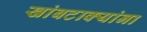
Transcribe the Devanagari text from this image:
खांबटाक्यांना